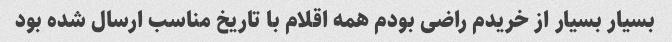
بسیار بسیار از خریدم راضی بودم همه اقلام با تاریخ مناسب ارسال شده بود